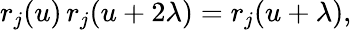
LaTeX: r_{j}(u)\, r_{j}(u+2\lambda)=r_{j}(u+\lambda),